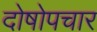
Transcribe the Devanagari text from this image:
दोषोपचार